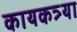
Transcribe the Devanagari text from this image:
कायकत्र्या